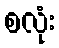
စလုံး